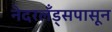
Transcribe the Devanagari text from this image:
नेदरलँड्सपासून